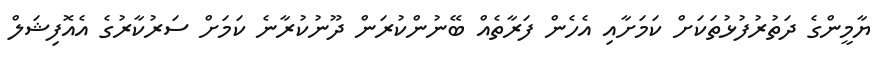
ޔާމީންގެ ދަތުރުފުޅުތަކަށް ކަމަށާއި އެހެން ފަރާތެއް ބޭނުންކުރަން ދޫނުކުރާނެ ކަމަށް ސަރުކާރުގެ އެއޮފިޝަލް